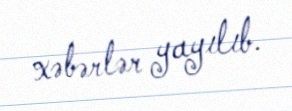
xəbərlər yayılıb.